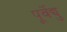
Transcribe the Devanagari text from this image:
पूर्वेद्यु